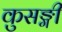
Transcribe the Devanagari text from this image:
कुसङ्गी